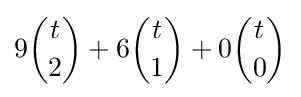
9{\binom {t}{2}}+6{\binom {t}{1}}+0{\binom {t}{0}}